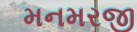
મનમરજી